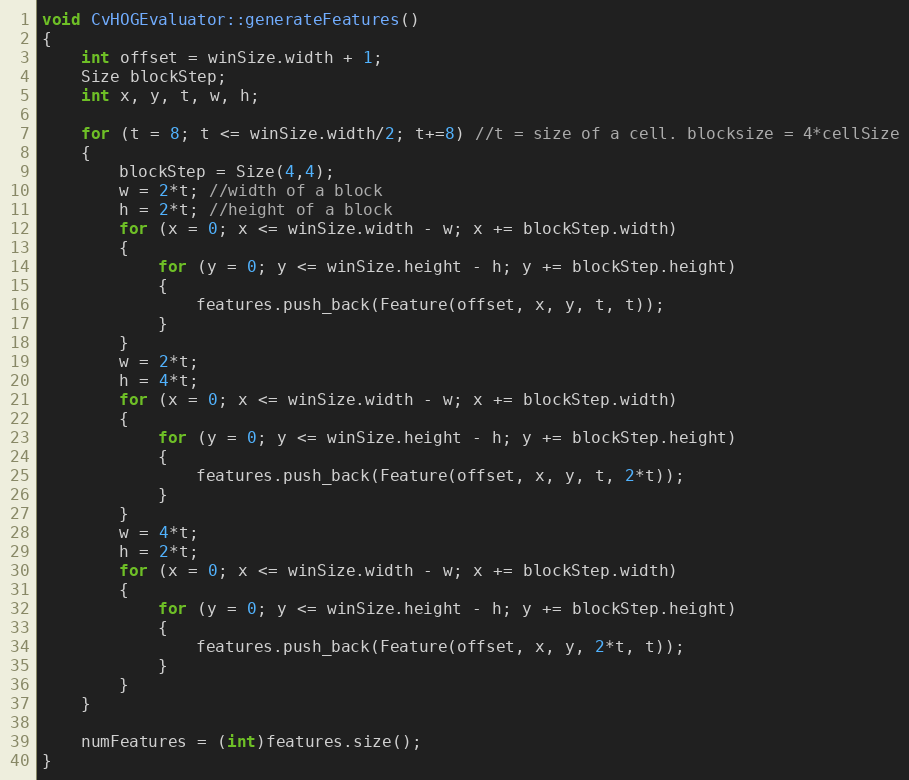
Language: C++
void CvHOGEvaluator::generateFeatures()
{
    int offset = winSize.width + 1;
    Size blockStep;
    int x, y, t, w, h;

    for (t = 8; t <= winSize.width/2; t+=8) //t = size of a cell. blocksize = 4*cellSize
    {
        blockStep = Size(4,4);
        w = 2*t; //width of a block
        h = 2*t; //height of a block
        for (x = 0; x <= winSize.width - w; x += blockStep.width)
        {
            for (y = 0; y <= winSize.height - h; y += blockStep.height)
            {
                features.push_back(Feature(offset, x, y, t, t));
            }
        }
        w = 2*t;
        h = 4*t;
        for (x = 0; x <= winSize.width - w; x += blockStep.width)
        {
            for (y = 0; y <= winSize.height - h; y += blockStep.height)
            {
                features.push_back(Feature(offset, x, y, t, 2*t));
            }
        }
        w = 4*t;
        h = 2*t;
        for (x = 0; x <= winSize.width - w; x += blockStep.width)
        {
            for (y = 0; y <= winSize.height - h; y += blockStep.height)
            {
                features.push_back(Feature(offset, x, y, 2*t, t));
            }
        }
    }

    numFeatures = (int)features.size();
}